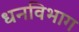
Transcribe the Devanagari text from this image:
धनविभाग